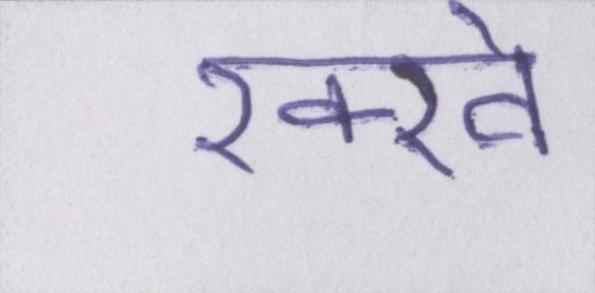
रक्खे